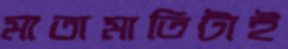
মাতামাতিটাই